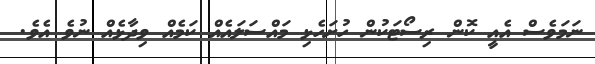
ނަމަވެސް އެއީ ކޮން ރިސޯޓަކުން ހުށަހެޅި މައްސަލައެއް ކަމެއް ވިދާޅެއް ނުވެ އެވެ.